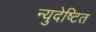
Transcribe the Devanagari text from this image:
न्युदेष्टित